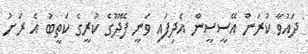
ދައުވާ ކުރަން އޭސީސީން އެދިފައި ވަނީ ފޭދޫގެ ކުރީގެ ކަތީބު އެ ރަށު